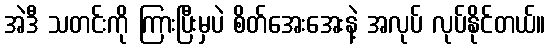
အဲဒီ သတင်းကို ကြားပြီးမှပဲ စိတ်အေးအေးနဲ့ အလုပ် လုပ်နိုင်တယ်။